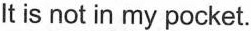
It is not in my pocket.